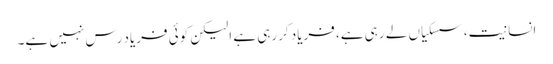
انسانیت، سسکیاں لے رہی ہے، فریاد کررہی ہے الیکن کوئی فریاد رس نہیں ہے۔